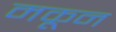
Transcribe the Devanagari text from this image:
मकून